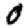
Digit: 0